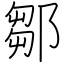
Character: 鄒